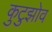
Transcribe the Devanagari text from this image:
कुटुझोव